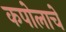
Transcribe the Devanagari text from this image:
कपोलाचे